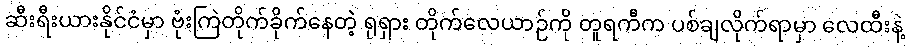
ဆီးရီးယားနိုင်ငံမှာ ဗုံးကြဲတိုက်ခိုက်နေတဲ့ ရုရှား တိုက်လေယာဉ်ကို တူရကီက ပစ်ချလိုက်ရာမှာ လေထီးနဲ့